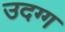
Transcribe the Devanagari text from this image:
उदग्ग